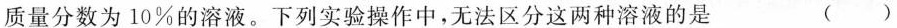
质量分数为10%的溶液。下列实验操作中，无法区分这两种溶液的是 ( )